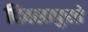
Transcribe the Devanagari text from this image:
दिवसापुरते